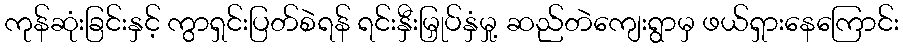
ကုန်ဆုံးခြင်းနှင့် ကွာရှင်းပြတ်စဲရန် ရင်းနှီးမြှုပ်နှံမှု့ ဆည်တဲကျေးရွာမှ ဖယ်ရှားနေကြောင်း